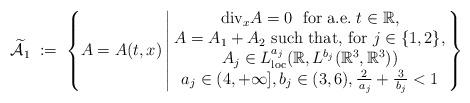
LaTeX: \begin{align*} \widetilde{\mathcal{A}}_1\;:=\;\left\{A=A(t,x)\left|\!\begin{array}{c} \mathrm{div}_x A=0\;\textrm{ for a.e.}\;t\in\mathbb{R}, \\ A=A_1+A_2\textrm{ such that, for $j\in\{1,2\}$,} \\ A_j\in L^{a_j}_\mathrm{loc}(\mathbb{R},L^{b_j}(\mathbb{R}^3,\mathbb{R}^3)) \\ a_j\in(4, +\infty],b_j\in(3, 6),\frac{2}{\,a_j}+\frac{3}{\,b_j}<1\end{array}\!\!\right.\right\}\end{align*}